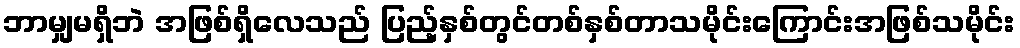
ဘာမျှမရှိဘဲ အဖြစ်ရှိလေသည် ပြည့်နှစ်တွင်တစ်နှစ်တာသမိုင်းကြောင်းအဖြစ်သမိုင်း